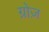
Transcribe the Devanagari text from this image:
ग्रोज़